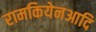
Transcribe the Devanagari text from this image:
रामकियेनआदि